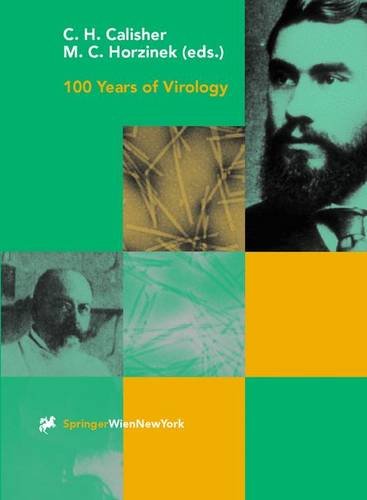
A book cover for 100 Years of Virology: The Birth and Growth of a Discipline (Archives of Virology. Supplementa); Medical Books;